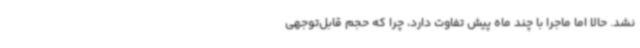
نشد. حالا اما ماجرا با چند ماه پیش تفاوت دارد، چرا که حجم قابل‌توجهی